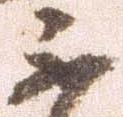
不